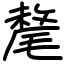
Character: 氂